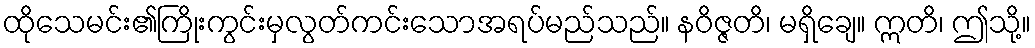
ထိုသေမင်း၏ကြိုးကွင်းမှလွတ်ကင်းသောအရပ်မည်သည်။ နဝိဇ္ဇတိ၊ မရှိချေ။ ဣတိ၊ ဤသို့။